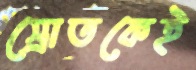
স্রোতকেই